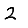
Digit: 2